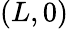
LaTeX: (L,0)